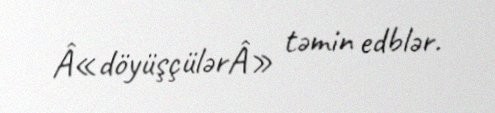
Â«döyüşçülərÂ» təmin edblər.